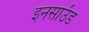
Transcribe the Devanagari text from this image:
इनसाउंड